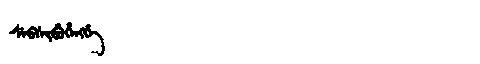
Manchu: ᠰᡝᠪᠰᡳᠪᡠᡥᡝᠩᡤᡝ
Romanization: SEBSIBUHENGGE